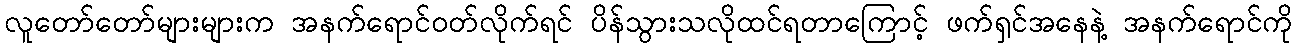
လူတော်တော်များများက အနက်ရောင်ဝတ်လိုက်ရင် ပိန်သွားသလိုထင်ရတာကြောင့် ဖက်ရှင်အနေနဲ့ အနက်ရောင်ကို